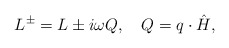
\begin{align*}L^{\pm}=L\pm i\omega Q, \quad Q=q\cdot\hat{H},\end{align*}